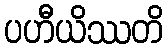
ပဟီယိဿတိ